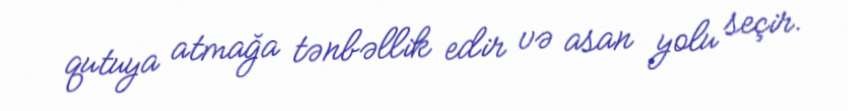
qutuya atmağa tənbəllik edir və asan yolu seçir.